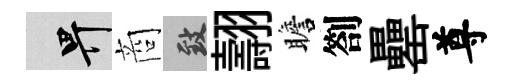
畀商致翿瞻劄罍尊